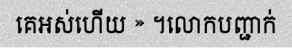
គេអស់ហើយ » ។លោកបញ្ជាក់